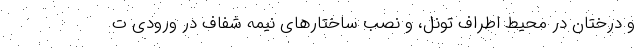
و درختان در محیط اطراف تونل، و نصب ساختارهای نیمه شفاف در ورودی ت